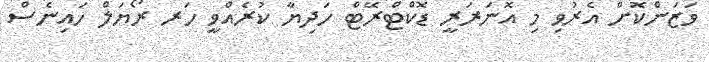
ވަޒަންކޮށް އެރުވި މި އޮނަރަރީ ޑޮކްޓްރޭޓް ހަދިޔާ ކުރެއްވީ ހަރ ރޯޔަލް ހައިނެސް